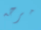
مرحه